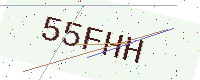
Text: 55FHH